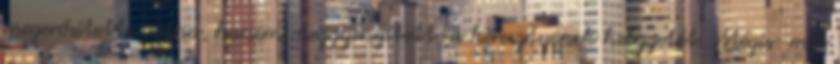
megerősítette volna, hanem meggyengítette a keresztyének helyzetét. Mégis: mit